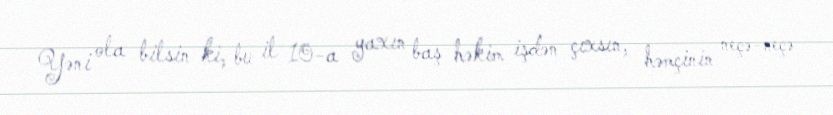
Yəni ola bilsin ki, bu il 10-a yaxın baş həkim işdən çıxsın, həmçinin neçə-neçə